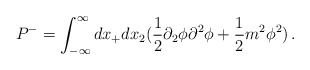
\begin{align*}P^-=\int_{-\infty} ^\infty dx_+dx_2 (\frac{1}{2}\partial_2 \phi \partial^2\phi +\frac{1}{2}m^2 \phi^2)\,.\end{align*}